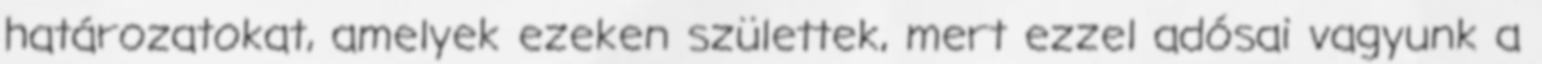
határozatokat, amelyek ezeken születtek, mert ezzel adósai vagyunk a